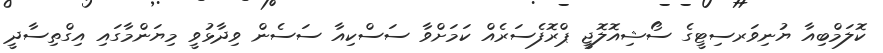
ކޮލަމްބިއާ ޔުނިވަރސިޓީގެ ސޯޝިއޮލޮޖީ ޕްރޮފެސަރެއް ކަމަށްވާ ސަސްކިއާ ސަސެން ވިދާޅުވީ މިޔަންމާގައި އިގްތިސާދީ